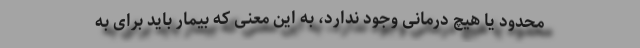
محدود یا هیچ درمانی وجود ندارد، به این معنی که بیمار باید برای به